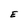
Character: E